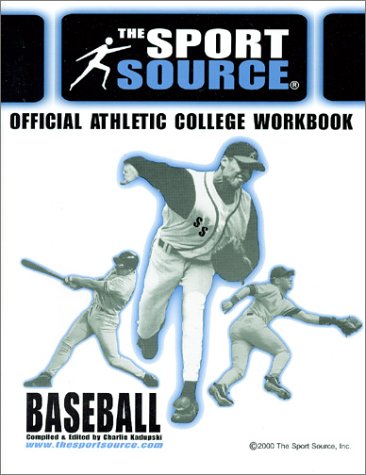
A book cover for The Official College Workbook Baseball; Charlie Kadupski; Teen & Young Adult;